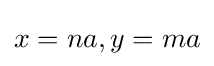
x=na,y=ma